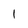
Character: 1